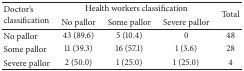
<table><thead><tr><td rowspan="2"><b>Doctor&#x27;s classification</b></td><td colspan="3"><b>Health workers classification</b></td><td rowspan="2"><b>Total</b></td></tr><tr><td><b>No pallor</b></td><td><b>Some pallor</b></td><td><b>Severe pallor</b></td></tr></thead><tbody><tr><td>No pallor</td><td>43 (89.6)</td><td>5 (10.4)</td><td>0</td><td>48</td></tr><tr><td>Some pallor</td><td>11 (39.3)</td><td>16 (57.1)</td><td>1 (3.6)</td><td>28</td></tr><tr><td>Severe pallor</td><td>2 (50.0)</td><td>1 (25.0)</td><td>1 (25.0)</td><td>4</td></tr></tbody></table>